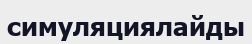
симуляциялайды